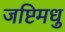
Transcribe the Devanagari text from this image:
जष्टिमधु